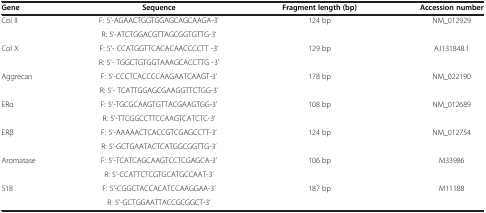
<table><thead><tr><td><b>Gene</b></td><td><b>Sequence</b></td><td><b>Fragment length (bp)</b></td><td><b>Accession number</b></td></tr></thead><tbody><tr><td rowspan="2">Col II</td><td>F: 5’-AGAACTGGTGGAGCAGCAAGA-3&#x27;</td><td rowspan="2">124 bp</td><td rowspan="2">NM_012929</td></tr><tr><td>R: 5’-ATCTGGACGTTAGCGGTGTTG-3’</td></tr><tr><td rowspan="2">Col X</td><td>F: 5’- CCATGGTTCACACAACCCCTT -3’</td><td rowspan="2">129 bp</td><td rowspan="2">AJ131848.1</td></tr><tr><td>R: 5’- TGGCTGTGGTAAAGCACCTTG -3’</td></tr><tr><td rowspan="2">Aggrecan</td><td>F: 5’-CCCTCACCCCAAGAATCAAGT-3’</td><td rowspan="2">178 bp</td><td rowspan="2">NM_022190</td></tr><tr><td>R: 5’- TCATTGGAGCGAAGGTTCTGG-3’</td></tr><tr><td rowspan="2">ERα</td><td>F: 5’-TGCGCAAGTGTTACGAAGTGG-3’</td><td rowspan="2">108 bp</td><td rowspan="2">NM_012689</td></tr><tr><td>R: 5’-TTCGGCCTTCCAAGTCATCTC-3’</td></tr><tr><td rowspan="2">ERβ</td><td>F: 5’-AAAAACTCACCGTCGAGCCTT-3’</td><td rowspan="2">124 bp</td><td rowspan="2">NM_012754</td></tr><tr><td>R: 5’-GCTGAATACTCATGGCGGTTG-3’</td></tr><tr><td rowspan="2">Aromatase</td><td>F: 5’-TCATCAGCAAGTCCTCGAGCA-3’</td><td rowspan="2">106 bp</td><td rowspan="2">M33986</td></tr><tr><td>R: 5’-CCATTCTCGTGCATGCCAAT-3’</td></tr><tr><td rowspan="2">S18</td><td>F: 5’-CGGCTACCACATCCAAGGAA-3’</td><td rowspan="2">187 bp</td><td rowspan="2">M11188</td></tr><tr><td>R: 5’-GCTGGAATTACCGCGGCT-3’</td></tr></tbody></table>